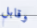
وقابل